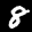
Label: 8